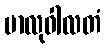
မာလုဝါလတံ